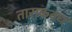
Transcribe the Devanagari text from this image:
ताराकवध